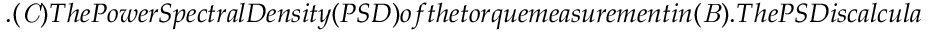
. ( { \it C } ) T h e P o w e r S p e c t r a l D e n s i t y ( P S D ) o f t h e t o r q u e m e a s u r e m e n t i n ( { \it B } ) . { T h e P S D i s c a l c u l a t e d b a s e d o n 5 8 0 s t o r q u e m e a s u r e m e n t } . T h e P S D o f t h e p o l y m e r s o l u t i o n h a s a p o w e r - l a w r e l a t i o n s h i p w i t h t h e f r e q u e n c y , i m p l y i n g t h e f l o w i s t u r b u l e n t - l i k e . W i t h t h e a d d i t i o n o f t h e s u s p e n s i o n , t h e t o r q u e h a s a s i n g l e p e a k w i t h a f r e q u e n c y o f